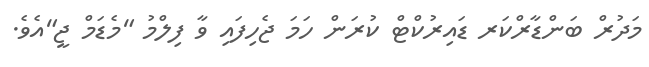
މަދުރް ބަންޑާރްކަރ ޑައިރުކްޓް ކުރަން ހަމަ ޖެހިފައި ވާ ފިލްމު "މެޑަމް ޖީ"އެވެ.